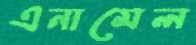
এনামেল